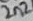
Text: 2n2